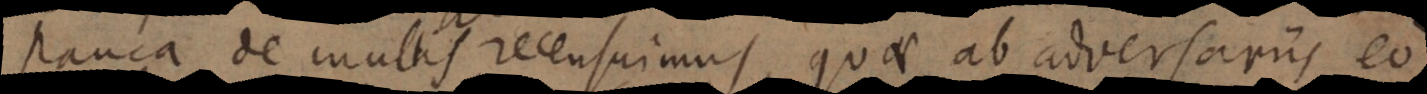
pauca de multis recensuimus, quae ab adversariis eo